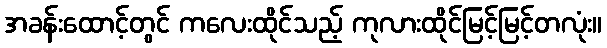
အခန်းထောင့်တွင် ကလေးထိုင်သည့် ကုလားထိုင်မြင့်မြင့်တလုံး။